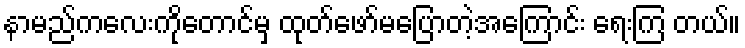
နာမည်ကလေးကိုတောင်မှ ထုတ်ဖော်မပြောတဲ့အကြောင်း ရေးကြ တယ်။